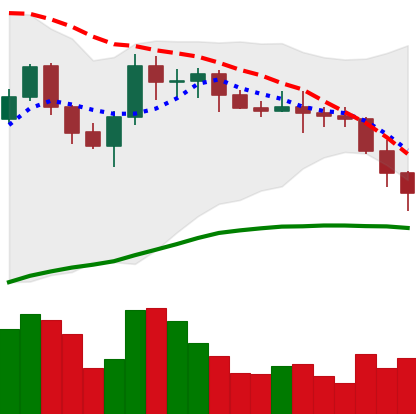
Ticker: XMR-USD
Chart end date: 2022-06-12
Forward return: -28.125%
Label: down_7plus